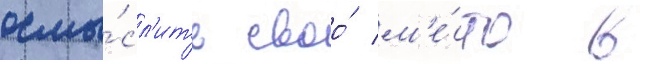
осмы́сл'ить своо́ м'е́сто в